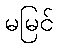
မမြင်